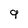
Character: 9